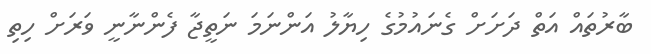
ބާރުތައް އަތް ދަށަށް ގެނައުމުގެ ހިޔާލު އަންނަމަ ނަތީޖާ ފެންނާނީ ވަރަށް ހިތި